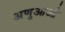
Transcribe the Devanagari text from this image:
अणुआओ